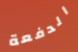
الدفعة